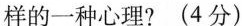
样的一种心理？(4分)